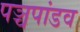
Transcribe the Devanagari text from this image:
पञ्चपांडव